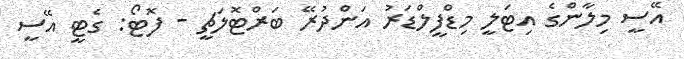
އޭސީ މިލާންގެ އިޓަލީ މިޑްފީލްޑަރު އަންދުރޭ ބަރްޓޮލަޗީ - ފޮޓޯ: ގެޓީ އޭސީ